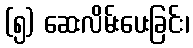
(၅) ဆေးလိမ်းပေးခြင်း၊